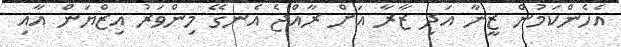
އެހެންކަމުން ޒީނާ އަދި ޒާރާ އަށް ރާއްޖެ އެނގޭ މިންވަރު އިޒްޔަން އާއި